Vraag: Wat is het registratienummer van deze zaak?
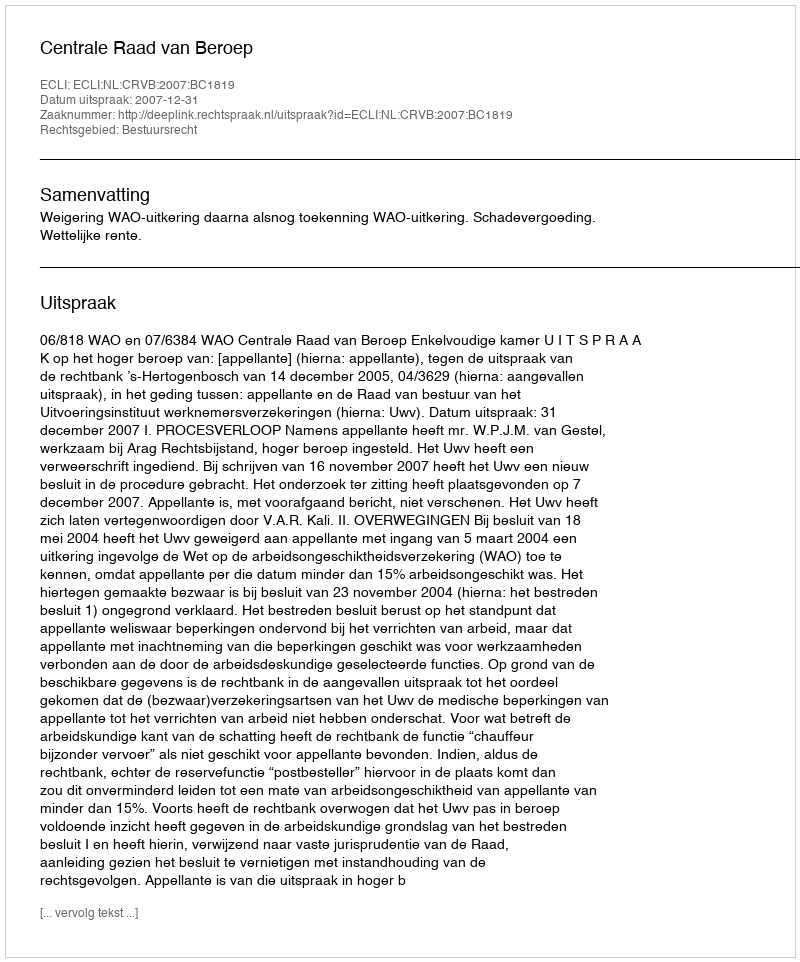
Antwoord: http://deeplink.rechtspraak.nl/uitspraak?id=ECLI:NL:CRVB:2007:BC1819